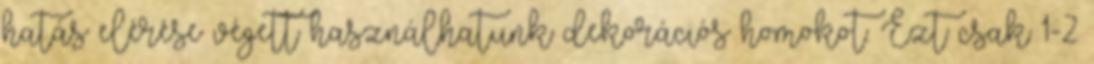
hatás elérése végett használhatunk dekorációs homokot. Ezt csak 1-2